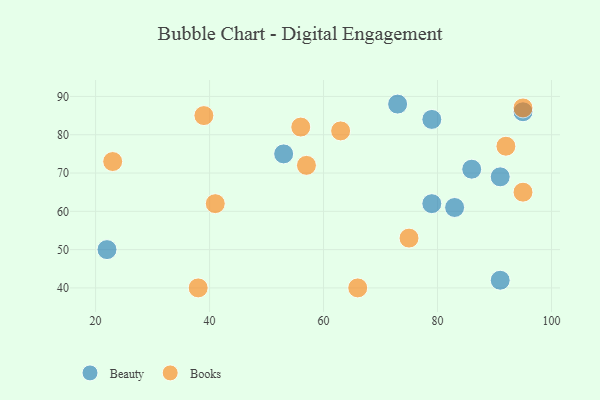
{"axis": {"x": "GDP", "y": "Life Expectancy"}, "legend": ["Beauty", "Books"], "data": [{"x": "73", "y": 88, "type": "Beauty"}, {"x": "79", "y": 62, "type": "Beauty"}, {"x": "22", "y": 50, "type": "Beauty"}, {"x": "83", "y": 61, "type": "Beauty"}, {"x": "86", "y": 71, "type": "Beauty"}, {"x": "91", "y": 42, "type": "Beauty"}, {"x": "95", "y": 86, "type": "Beauty"}, {"x": "79", "y": 84, "type": "Beauty"}, {"x": "53", "y": 75, "type": "Beauty"}, {"x": "91", "y": 69, "type": "Beauty"}, {"x": "41", "y": 62, "type": "Books"}, {"x": "75", "y": 53, "type": "Books"}, {"x": "38", "y": 40, "type": "Books"}, {"x": "95", "y": 87, "type": "Books"}, {"x": "39", "y": 85, "type": "Books"}, {"x": "57", "y": 72, "type": "Books"}, {"x": "92", "y": 77, "type": "Books"}, {"x": "23", "y": 73, "type": "Books"}, {"x": "56", "y": 82, "type": "Books"}, {"x": "66", "y": 40, "type": "Books"}, {"x": "63", "y": 81, "type": "Books"}, {"x": "95", "y": 65, "type": "Books"}]}